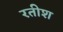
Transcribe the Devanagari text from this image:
रतीश